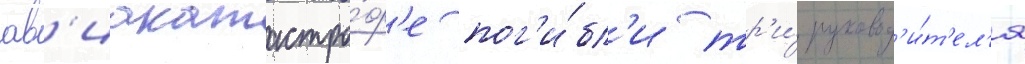
ав'иакатастро́ф'е пог'и́бл'и тр'и́ руковод'и́т'ел'я